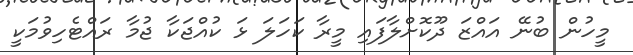
މީހުން ބުނޭ އައްޒަ ދޫކޮށްލާފައި މީރާ ކަހަލަ ޅަ ކުއްޖަކާ ޖުމާ ރައްޓެހިވުމަކީ